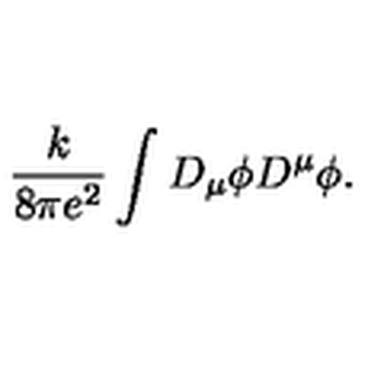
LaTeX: \frac { k } { 8 \pi e ^ { 2 } } \int D _ { \mu } \phi D ^ { \mu } \phi .